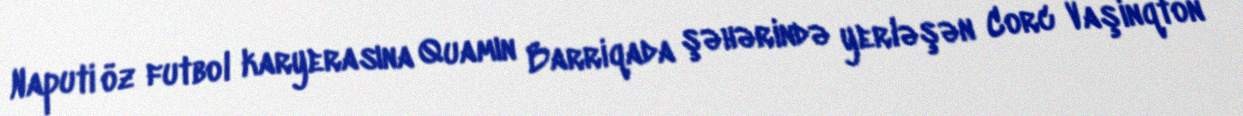
Naputi öz futbol karyerasına Quamın Barriqada şəhərində yerləşən Corc Vaşinqton